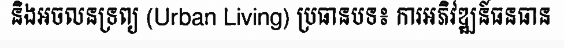
និងអចលនទ្រព្យ (Urban Living) ប្រធានបទ៖ ការអភិវឌ្ឍន៍ធនធាន